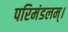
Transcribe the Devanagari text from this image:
परिमंडलम्।